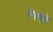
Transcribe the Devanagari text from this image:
निर्गमे